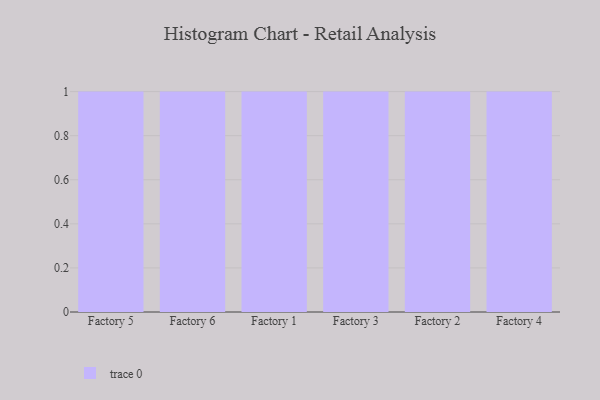
{"axis": {"x": "Factory", "y": "Waste Production (Tons)"}, "legend": [""], "data": [{"x": "Factory 5", "y": 59, "type": ""}, {"x": "Factory 6", "y": 89, "type": ""}, {"x": "Factory 1", "y": 42, "type": ""}, {"x": "Factory 3", "y": 19, "type": ""}, {"x": "Factory 2", "y": 93, "type": ""}, {"x": "Factory 4", "y": 19, "type": ""}]}